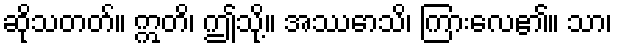
ဆိုသတတ်။ ဣတိ၊ ဤသို့။ အဿောသိ၊ ကြားလေ၏။ သာ၊